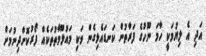
އަދި އެ ލިޔުމަކީ ހާމަ ނޫހުގެ ފަރާތުން ކަނޑައެޅިގެން ވަކި މައުލޫމާތުތަކެއް ފޯރުކޮށްދިނުމަށް